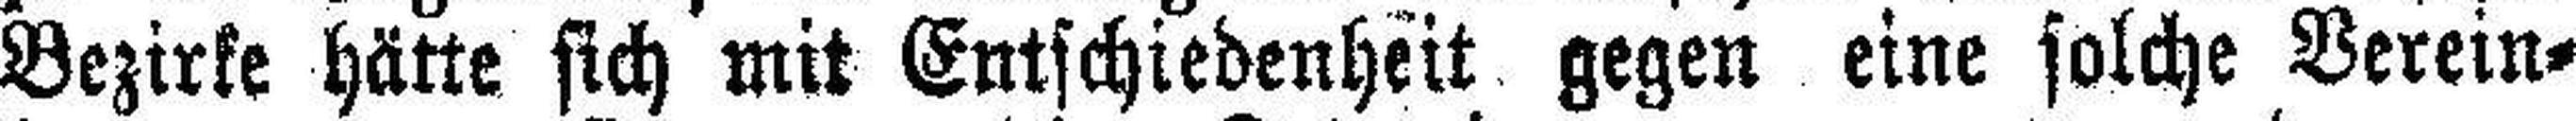
Bezirke hätte sich mit Entschiedenheit gegen eine solche Verein¬